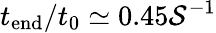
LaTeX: t_{\mathrm{end}}/t_{0}\simeq 0.45\mathcal{S}^{-1}